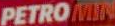
PETROMIN